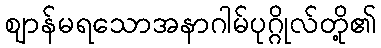
ဈာန်မရသောအနာဂါမ်ပုဂ္ဂိုလ်တို့၏